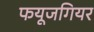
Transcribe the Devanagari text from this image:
फयूजगियर